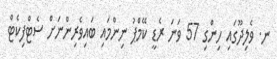
ނ. ވެލިދޫގައި ހިންގި 57 ވަނަ ރެޑީ ކޭމްޕު ނިންމައި ބައިވެރިންނަށް ސެޓްފިކެޓް